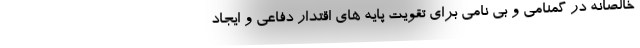
خالصانه در گمنامی و بی نامی برای تقویت پایه های اقتدار دفاعی و ایجاد